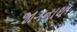
જાગનાથ